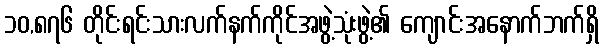
၁၀,၈၇၆ တိုင်းရင်းသားလက်နက်ကိုင်အဖွဲ့သုံးဖွဲ့၏ ကျောင်းအနောက်ဘက်ရှိ